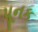
પૂનક